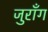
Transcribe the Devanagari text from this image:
जुराँग